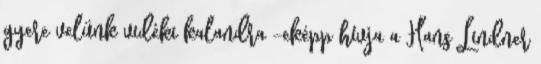
gyere velünk vidéki kalandra -eképp hívja a Hans Lindner